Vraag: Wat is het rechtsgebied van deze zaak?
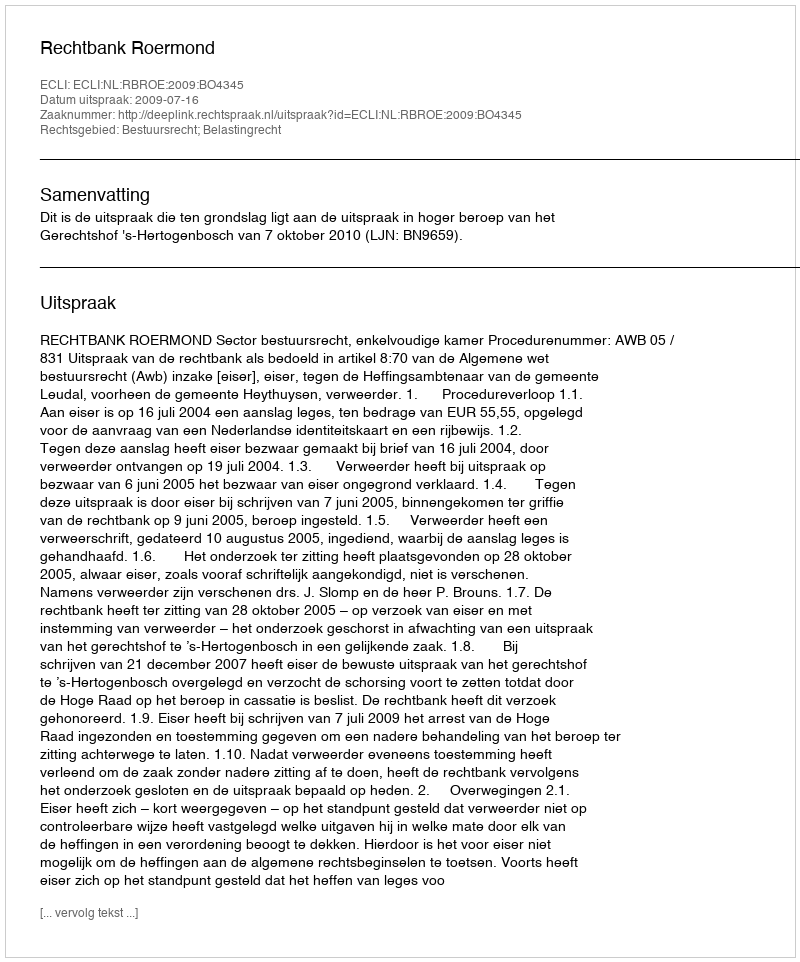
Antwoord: Bestuursrecht; Belastingrecht